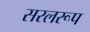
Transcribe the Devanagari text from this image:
सरलरूप